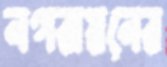
নগরায়নের